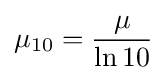
\mu _{10}={\frac {\mu }{\ln 10}}